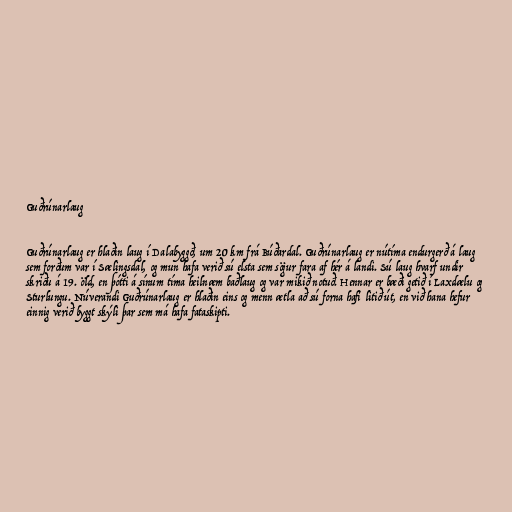
Guðrúnarlaug

Guðrúnarlaug er hlaðin laug í Dalabyggð, um 20 km frá Búðardal. Guðrúnarlaug er nútíma endurgerð á laug
sem forðum var í Sælingsdal, og mun hafa verið sú elsta sem sögur fara af hér á landi. Sú laug hvarf undir
skriðu á 19. öld, en þótti á sínum tíma heilnæm baðlaug og var mikið notuð. Hennar er bæði getið í Laxdælu og
Sturlungu. Núverandi Guðrúnarlaug er hlaðin eins og menn ætla að sú forna hafi litið út, en við hana hefur
einnig verið byggt skýli þar sem má hafa fataskipti.